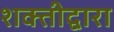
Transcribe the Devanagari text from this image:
शक्तीद्वारा